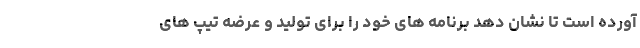
آورده است تا نشان دهد برنامه های خود را برای تولید و عرضه تیپ های